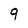
Character: 9